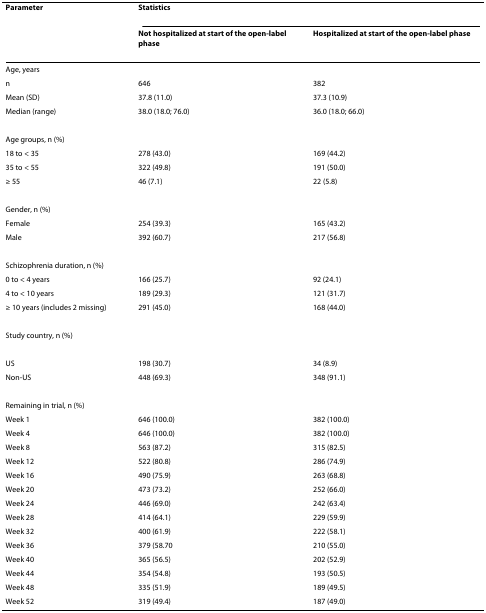
| Parameter | <COLSPAN=2> Statistics |
 |  | Not hospitalized at start of the open-label phase | Hospitalized at start of the open-label phase |
 | --- | --- | --- |
 | Age, years |  |  |
 | n | 646 | 382 |
 | Mean (SD) | 37.8 (11.0) | 37.3 (10.9) |
 | Median (range) | 38.0 (18.0; 76.0) | 36.0 (18.0; 66.0) |
 | Age groups, n (%) |  |  |
 | 18 to < 35 | 278 (43.0) | 169 (44.2) |
 | 35 to < 55 | 322 (49.8) | 191 (50.0) |
 | ≥ 55 | 46 (7.1) | 22 (5.8) |
 | Gender, n (%) |  |  |
 | Female | 254 (39.3) | 165 (43.2) |
 | Male | 392 (60.7) | 217 (56.8) |
 | Schizophrenia duration, n (%) |  |  |
 | 0 to < 4 years | 166 (25.7) | 92 (24.1) |
 | 4 to < 10 years | 189 (29.3) | 121 (31.7) |
 | ≥ 10 years (includes 2 missing) | 291 (45.0) | 168 (44.0) |
 | Study country, n (%) |  |  |
 | US | 198 (30.7) | 34 (8.9) |
 | Non-US | 448 (69.3) | 348 (91.1) |
 | Remaining in trial, n (%) |  |  |
 | Week 1 | 646 (100.0) | 382 (100.0) |
 | Week 4 | 646 (100.0) | 382 (100.0) |
 | Week 8 | 563 (87.2) | 315 (82.5) |
 | Week 12 | 522 (80.8) | 286 (74.9) |
 | Week 16 | 490 (75.9) | 263 (68.8) |
 | Week 20 | 473 (73.2) | 252 (66.0) |
 | Week 24 | 446 (69.0) | 242 (63.4) |
 | Week 28 | 414 (64.1) | 229 (59.9) |
 | Week 32 | 400 (61.9) | 222 (58.1) |
 | Week 36 | 379 (58.70 | 210 (55.0) |
 | Week 40 | 365 (56.5) | 202 (52.9) |
 | Week 44 | 354 (54.8) | 193 (50.5) |
 | Week 48 | 335 (51.9) | 189 (49.5) |
 | Week 52 | 319 (49.4) | 187 (49.0) |